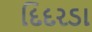
દિદરડા